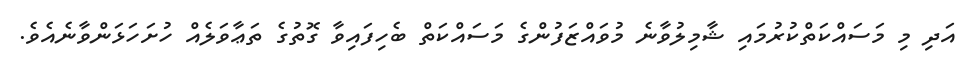
އަދި މި މަސައްކަތްކުރުމައި ޝާމިލުވާނެ މުވައްޒަފުންގެ މަސައްކަތް ބެހިފައިވާ ގޮތުގެ ތަޢާވަލެއް ހުށަހަޅަންވާނެއެވެ.